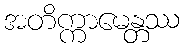
အတိက္ကာမေန္တဿ